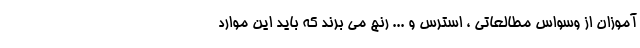
آموزان از وسواس مطالعاتی ، استرس و ... رنج می برند که باید این موارد